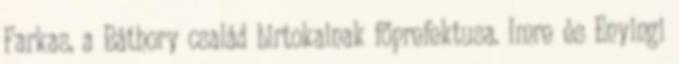
Farkas, a Báthory család birtokainak főprefektusa. Imre és Enyingi